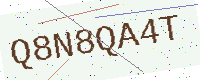
Text: Q8N8QA4T